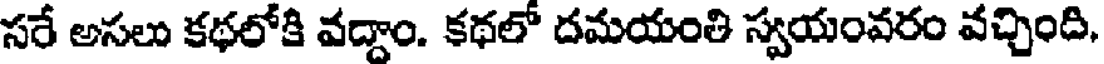
సరే అసలు కథలోకి వద్దాం. కథలో దమయంతి స్వయంవరం వచ్చింది,